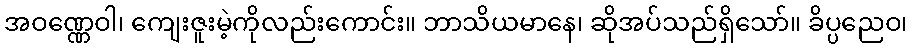
အဝဏ္ဏေဝါ၊ ကျေးဇူးမဲ့ကိုလည်းကောင်း။ ဘာသိယမာနေ၊ ဆိုအပ်သည်ရှိသော်။ ခိပ္ပညေဝ၊